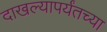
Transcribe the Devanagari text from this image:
दाखल्यापर्यंतच्या